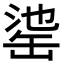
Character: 𦈳